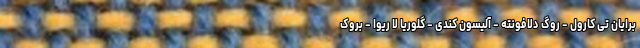
برایان تی کارول - روگ دلافونته - آلیسون کندی - گلوریا لا ریوا - بروک